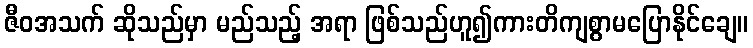
ဇီဝအသက် ဆိုသည်မှာ မည်သည့် အရာ ဖြစ်သည်ဟူ၍ကားတိကျစွာမပြောနိုင်ချေ။